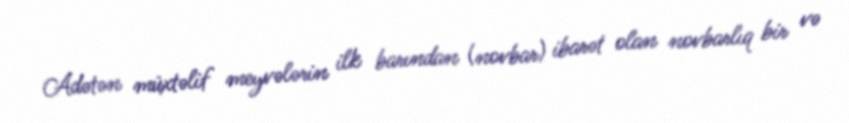
Adətən müxtəlif meyvələrin ilk barından (novbar) ibarət olan novbarlıq bir və